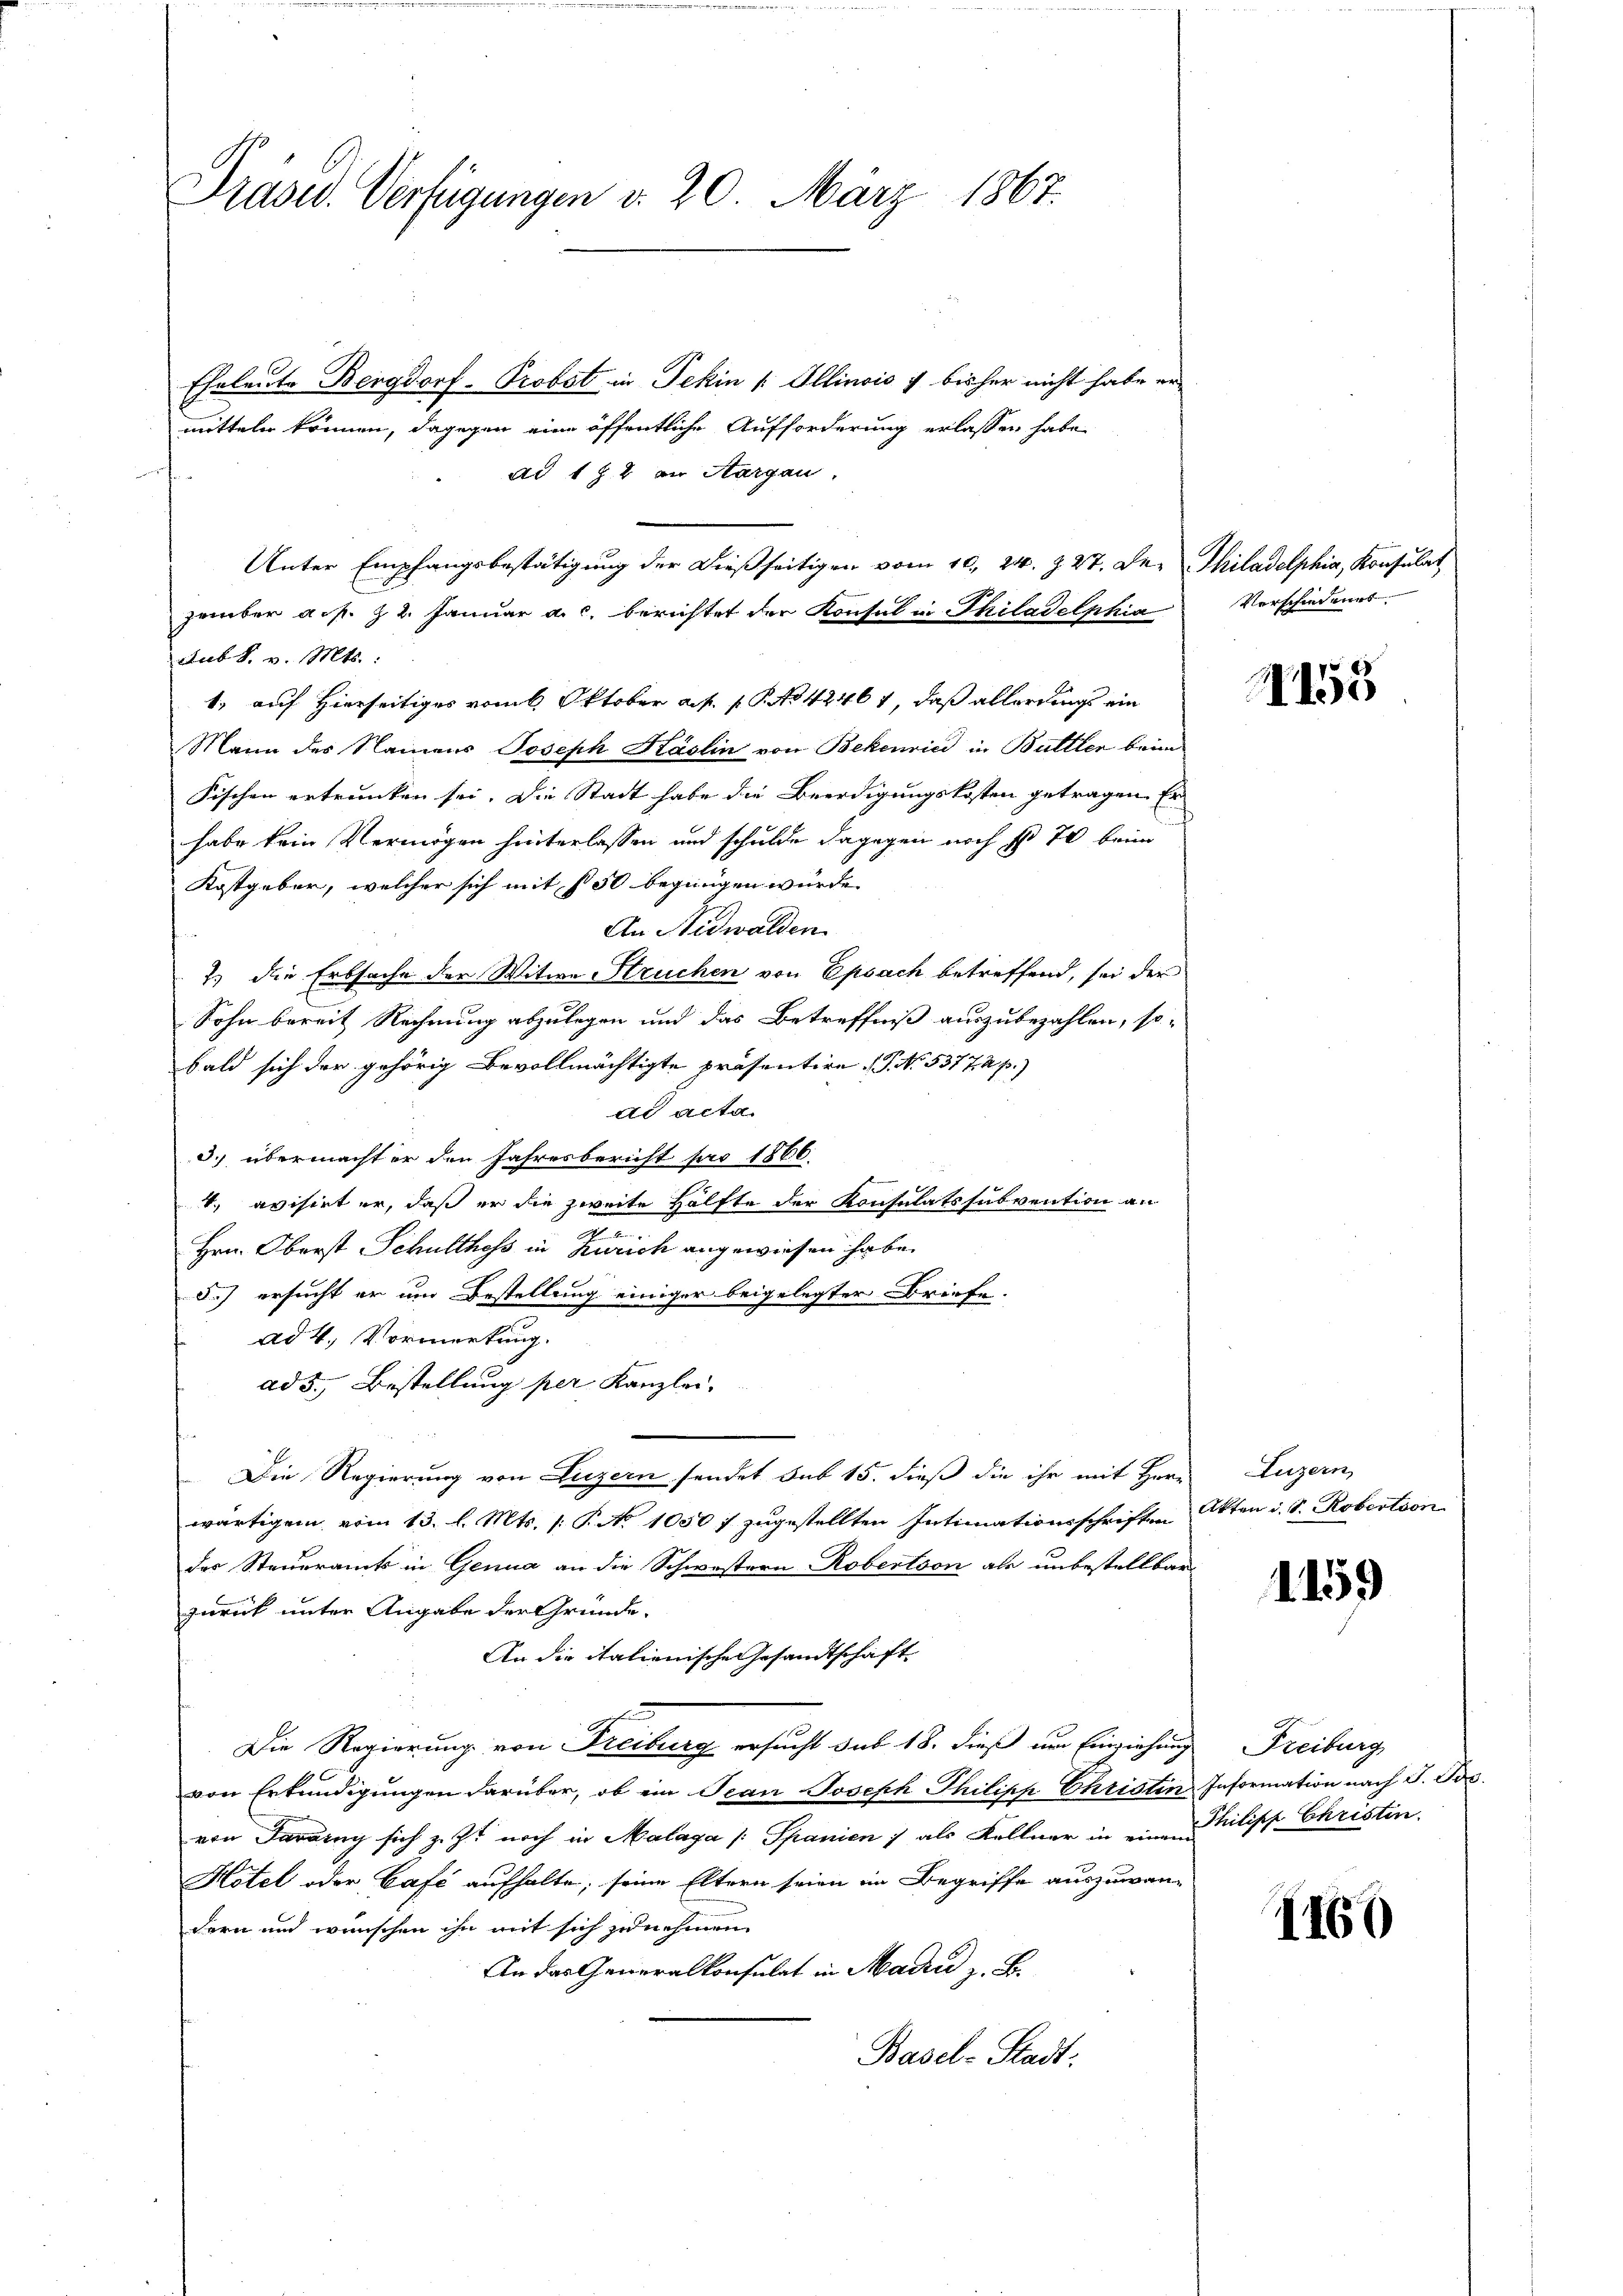
Præses. Verfügungen d. 20. März 1867.

Eheleute Bergdorf- Probst in Tekin /: Illinois 7 bisher nicht habe er
mitteln können, dagegen eine öffentliche Aufforderung erlassen habe,
Ad 172 an Aargau.
Unter Empfangsbestätigung der dießseitigen vom 10. 24. Z. 27. Der Philadelphia, Konsulat
zember a.p. 22. Januar a. c. berichtet der Konsul in Philadelphia
sub S. v. Mts.:
1., auf Hierseitiges vom 6. Oktober a. p. 1. P. No 42464, daß allerdings ein
Mann des Namens Joseph Käslin von Bekenried in Buttler beim
Fischen ertrunken sei. Die Stadt habe die Beerdigungskosten getragen. Er
habe kein Vermögen hinterlassen und schulde dagegen noch § 70 beim
Kostgeber, welcher sich mit 150 begnügen würde.
An Nidwalden.
2) die Erbsache der Witwe Struchen von Epsach betreffend, sei der
Sohn bereit Rechnung abzulegen und das Betreffniß auszubezahlen, so-
bald sich der gehörig Bevollmächtigte präsentire. P. No. 53772. p.)
di acta.
d.) übermachter den Jahresbericht pro 1866
4. evisirt er, daß er die zweite Hälfte der Konsulatssubvention an
2
.
Hrn. Oberst Schulthess in Zürich angewiesen habe.
d.) ersucht er um Bestellung einiger beigelegter Briefe.
ad 4. Vormerkung.
ad 5. Bestellung per Kanzlei,
Die Regierung von Luzern sendet sub 15. dieß die ihr mit Herr
wärtigem vom 13. l. Mts. 1: P. No 1050 f zugestellten Intimationsschriften Akten i. S. Robertion
der Steueramts in Genua an die Schwestern Robertson als unbestellbar
zurich unter Angabe der Gründe.
An die italienische Gesandtschaft
Die Regierung von Freiburg ersucht sub 18. dieß um Einziehung Freiburg
von Erkundigungen darüber, ob ein Jean Joseph Philipp Christin Information nach J. Jos.
von Tarary sich z. Z. noch in Malaga /: Spanien ; als Kellner in einen Philipp Christin.
Hotel oder Café aufhalte, seine Eltern seien im Begriffe auszuwan-
dern und wünschen ihn mit sich zunehmen
An das Generalkonsulat in Madrid z. B.
Basel-Stadt:

Verschiedenes.

153

Luzern,

1159

1160